Lock hospitals Punjab
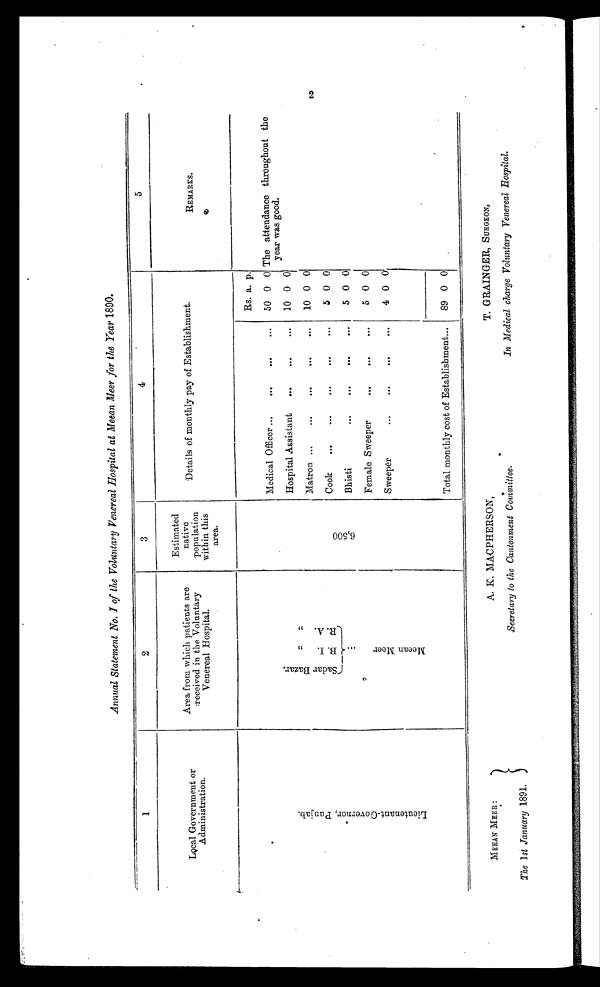
MEEAN MEER :
The 1st January 1891.
A. K. MACPHERSON,
Secretary to the Cantonment Committee.
T. GRAINGER, SURGEON,
In Medical charge Voluntary Venereal Hospital.
Annual Statement No. I of the Voluntary Venereal Hospital at Meean Meer for the Year 1890.
1
2
3
4
5
Local Government or
Administration.
Area from which patients are
received in the Voluntary
Venereal Hospital.
Estimated
native
population
within this
area.
Details of monthly pay of Establishment.
REMARKS.
L i e u t e n a n t - G o v e r n o r , P u n j a b .
S a d a r B a z a r .
M e e a n M e e r . . . B . I . , ,
R . A . , ,
6 , 5 0 0
Rs. a. p.
The attendance throughout the
year was good.
Medical Officer ...
. . .
. . .
...
50 0 0
Hospital Assistant
...
. . .
. . .
10 0 0
Matron ...
...
. . .
. . .
. . .
10
0
0
Cook
...
...
...
...
...
5 0 0
Bhisti
...
. . .
. . .
...
5 0 0
Female Sweeper
...
. . .
...
5 0 0
0
Sweeper
...
. . .
. . .
. . .
4 0
89 0 0
Total monthly cost of Establishment ...
2